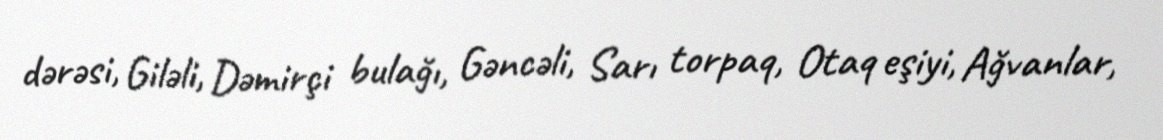
dərəsi, Giləli, Dəmirçi bulağı, Gəncəli, Sarı torpaq, Otaq eşiyi, Ağvanlar,